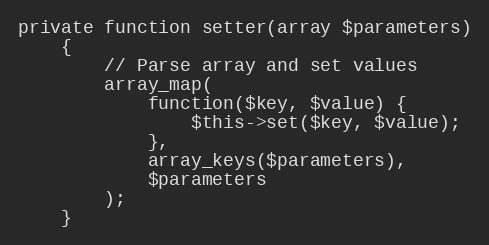
Language: PHP
private function setter(array $parameters)
    {
        // Parse array and set values
        array_map(
            function($key, $value) {
                $this->set($key, $value);
            },
            array_keys($parameters),
            $parameters
        );
    }